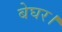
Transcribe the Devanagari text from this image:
बेघर।